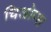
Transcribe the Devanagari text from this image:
चिओप्स